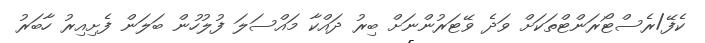
ކެފޭ/ރެސްޓޯރަންޓްތަކަށް ވަދެ ވޭޓަރުންނަށް ބިރު ދައްކާ މައްސަލަ ފުލުހުން ބަލަން ފެށިއިރު ހާބަރު